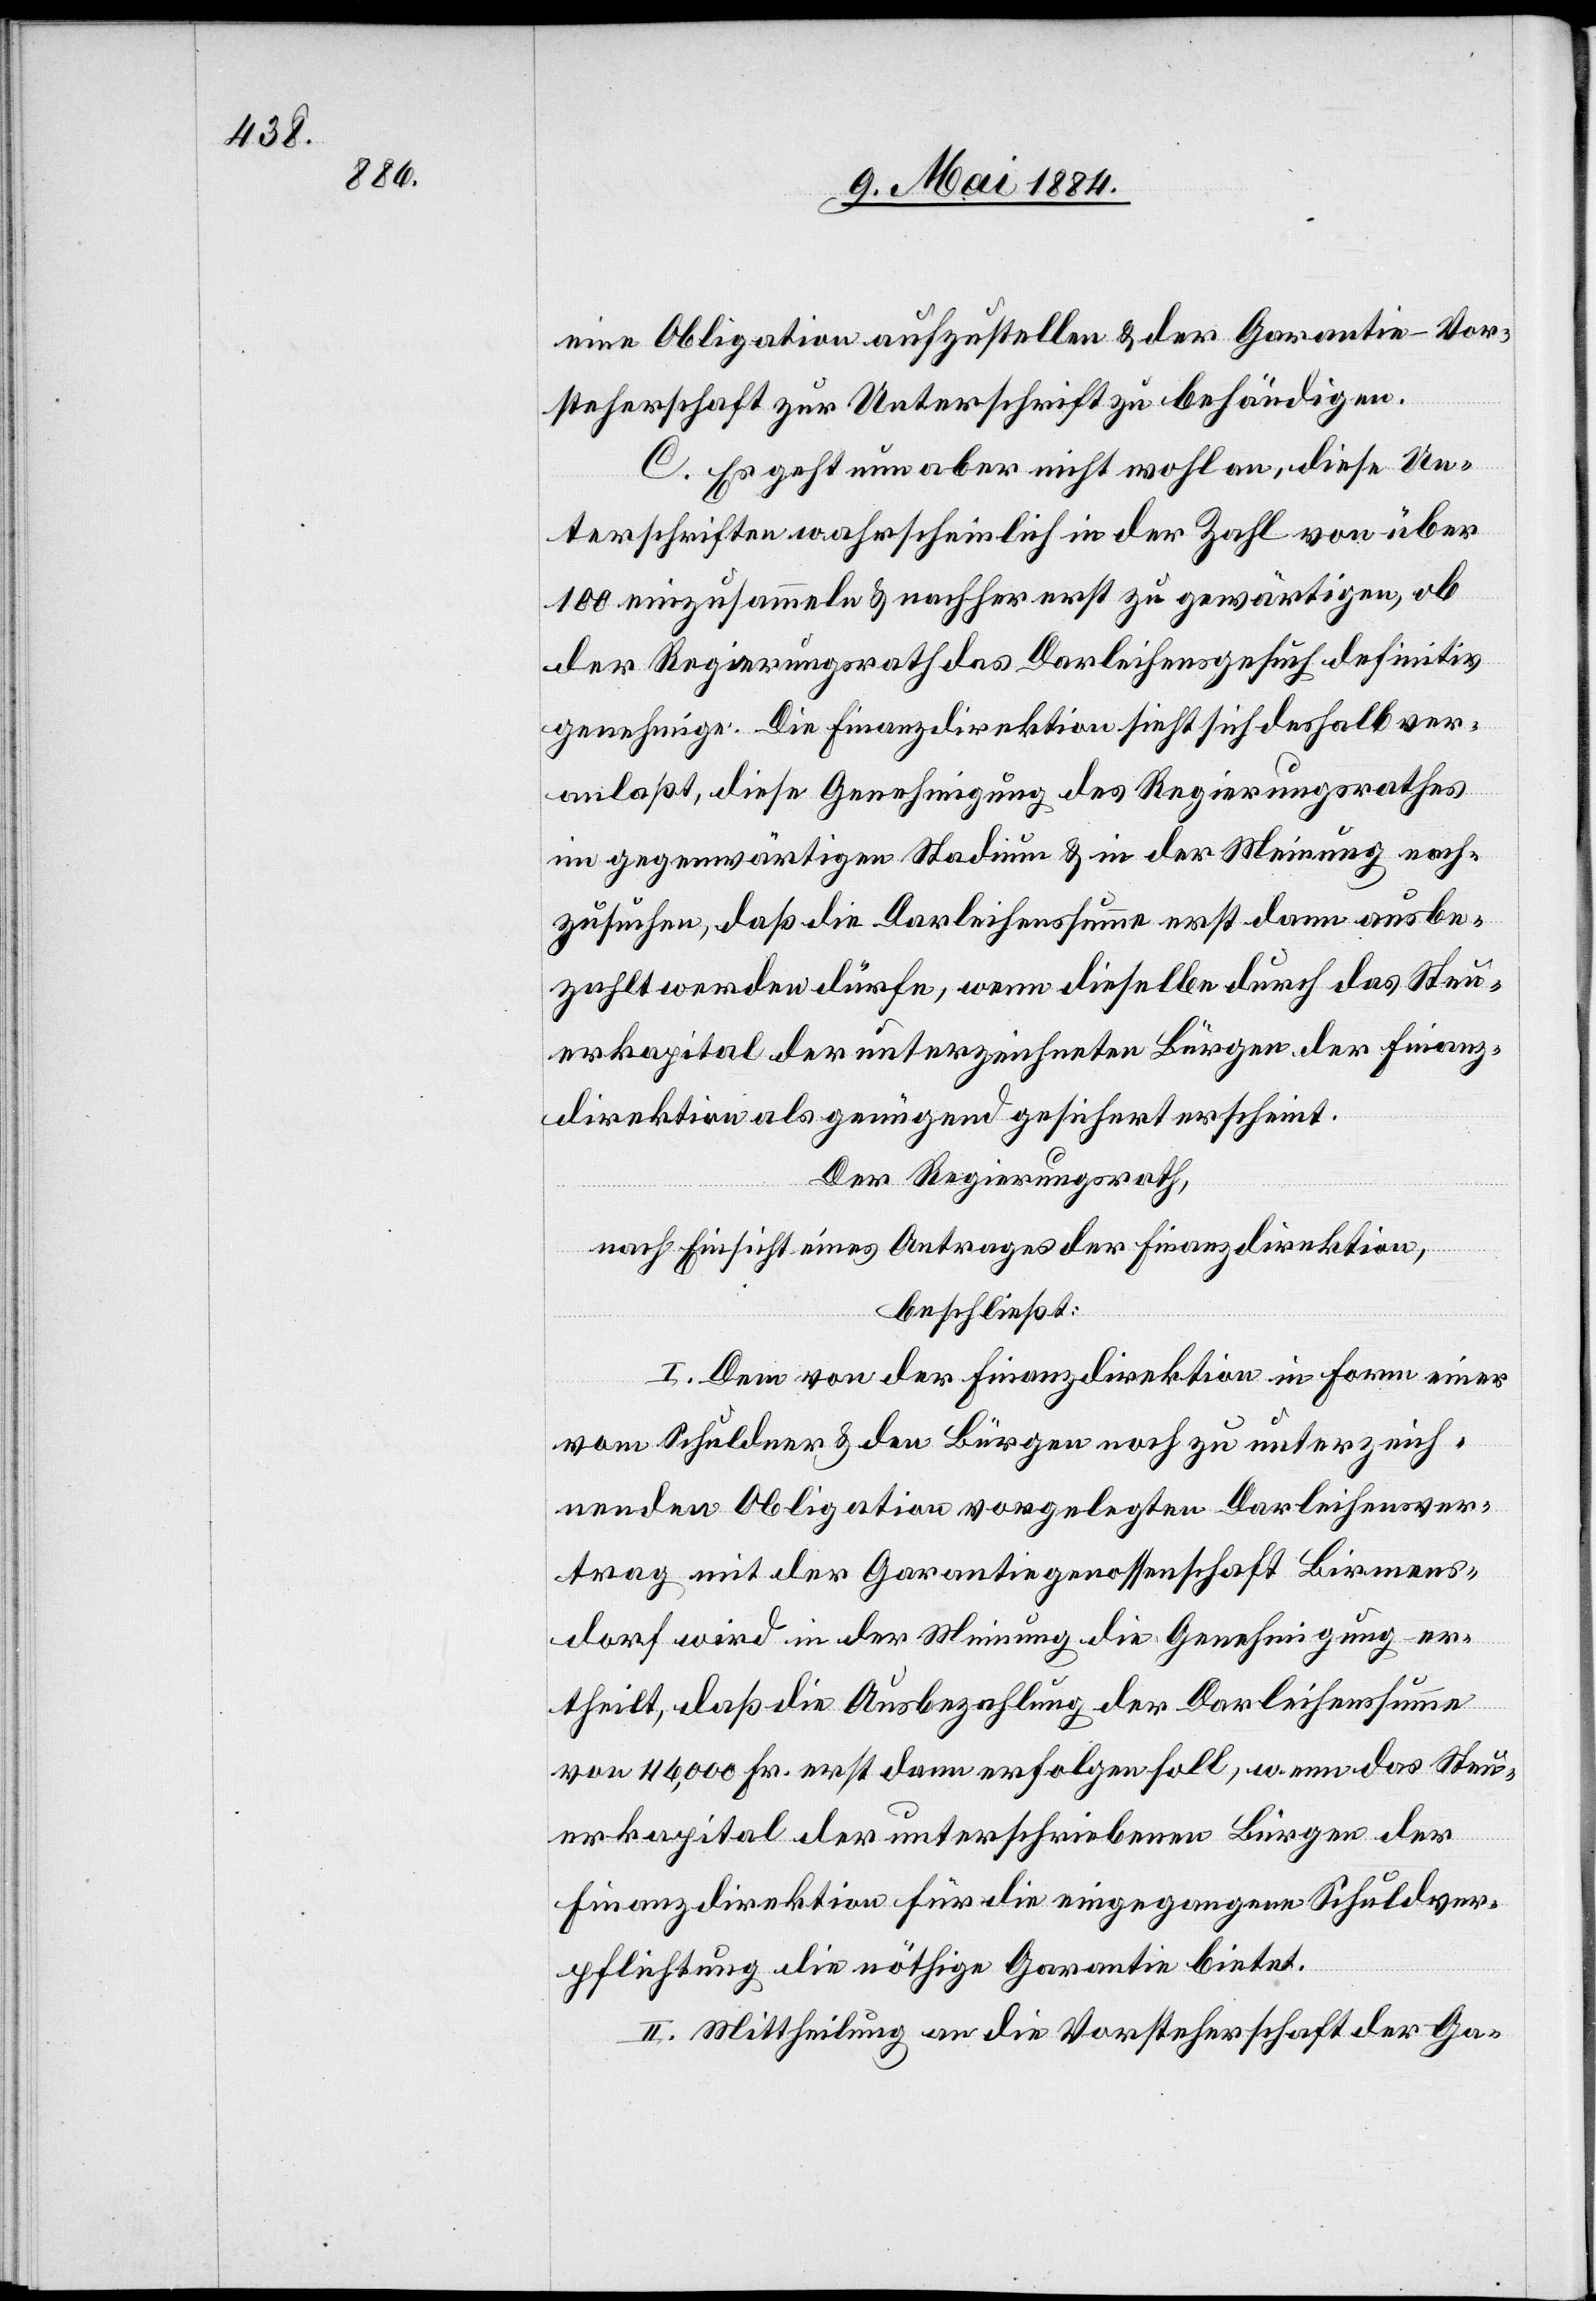
eine Obligation aufzustellen & der Garantie-Vor¬
steherschaft zur Unterschrift zu behändigen.
C. Es geht nun aber nicht wohl an, diese Un¬
terschriften wahrscheinlich in der Zahl von über
100 einzusammeln & nachher erst zu gewärtigen, ob
der Regierungsrath das Darleihensgesuch definitiv
genehmige. Die Finanzdirektion sieht sich deshalb ver¬
anlaßt, diese Genehmigung des Regierungsrathes
im gegenwärtigen Stadium & in der Meinung nach¬
zusuchen, daß die Darleihenssumme erst dann ausbe¬
zahlt werden dürfe, wenn dieselbe durch das Steu¬
erkapital der unterzeichneten Bürgen der Finanz¬
direktion als genügend gesichert erscheint.
Der Regierungsrath,
nach Einsicht eines Antrages der Finanzdirektion,
beschließt:
I. Dem von der Finanzdirektion in Form einer
vom Schuldner & den Bürgen noch zu unterzeich¬
nenden Obligation vorgelegten Darleihensver¬
trag mit der Garantiegenossenschaft Birmens¬
dorf wird in der Meinung die Genehmigung er¬
theilt, daß die Ausbezahlung der Darleihensumme
von 46,000 Fr. erst dann erfolgen soll, wenn das Steu¬
erkapital der unterschriebenen Bürgen der
Finanzdirektion für die eingegangene Schuldver¬
pflichtung die nöthige Garantie bietet.
II. Mittheilung an die Vorsteherschaft der Ga-